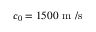
c _ { 0 } = 1 5 0 0 \mathrm { ~ m ~ } / \mathrm { s }